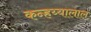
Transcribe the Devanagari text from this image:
कन्हय्यालाल